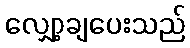
လျှော့ချပေးသည်